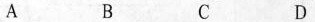
A B C D